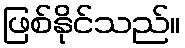
ဖြစ်နိုင်သည်။